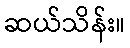
ဆယ်သိန်း။